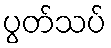
ပွတ်သပ်